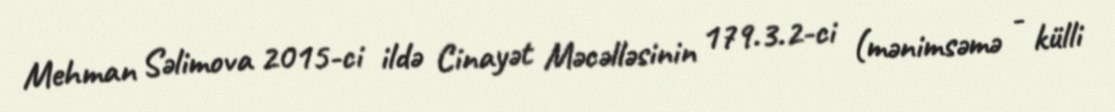
Mehman Səlimova 2015-ci ildə Cinayət Məcəlləsinin 179.3.2-ci (mənimsəmə - külli